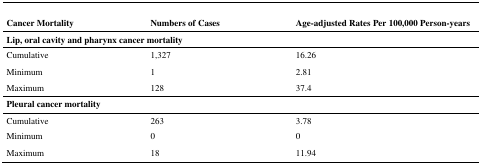
| Cancer Mortality | Numbers of Cases | Age-adjusted Rates Per 100,000 Person-years |
 | --- | --- | --- |
 | <COLSPAN=3> Lip, oral cavity and pharynx cancer mortality |
 | Cumulative | 1,327 | 16.26 |
 | Minimum | 1 | 2.81 |
 | Maximum | 128 | 37.4 |
 | <COLSPAN=3> Pleural cancer mortality |
 | Cumulative | 263 | 3.78 |
 | Minimum | 0 | 0 |
 | Maximum | 18 | 11.94 |